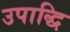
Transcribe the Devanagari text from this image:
उपाद्धि